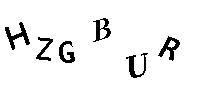
HZGBUR